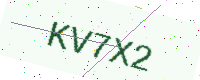
Text: KV7X2